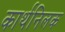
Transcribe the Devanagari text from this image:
कार्थनिलक